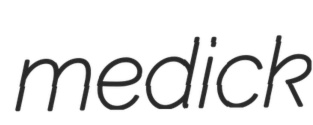
medick